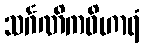
သင်္ဂဏိကဝိဟာရံ